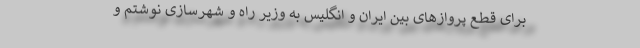
برای قطع پروازهای بین ایران و انگلیس به وزیر راه و شهرسازی نوشتم و